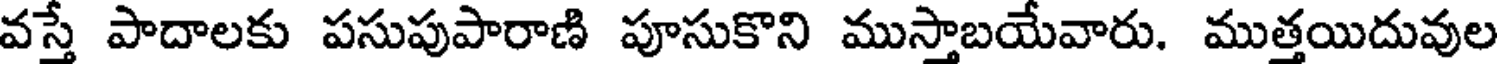
వస్తే పాదాలకు పసుపుపారాణి పూసుకొని ముస్తాబయేవారు. ముత్తయిదువుల